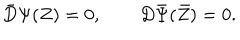
\bar { D } \Psi ( Z ) = 0 , \qquad D \bar { \Psi } ( \bar { Z } ) = 0 .